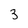
Character: 3